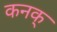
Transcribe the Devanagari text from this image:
कनक्